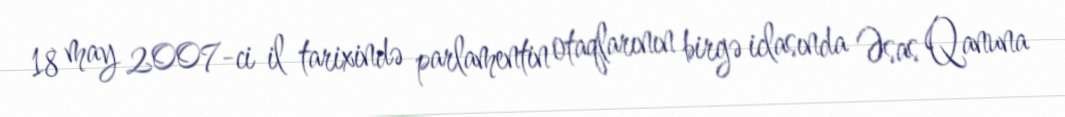
18 may 2007-ci il tarixində parlamentin otaqlarının birgə iclasında Əsas Qanuna